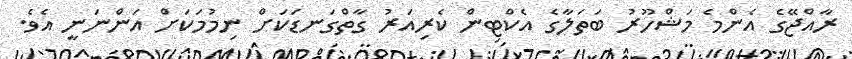
ރާއްޖޭގެ އެންމެ މަޝްހޫރު ބަތަލާގެ އެކްޓިން ކެރިއަރު ގާތްގަނޑަކަށް ނިމުމަކަށް އަންނަނީ އެވެ.